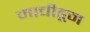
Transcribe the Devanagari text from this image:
माचीहून